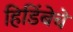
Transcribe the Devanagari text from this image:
हिडिंबेचे